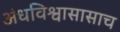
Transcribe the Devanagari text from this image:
अंधविश्वासासाच